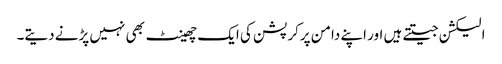
الیکشن جیتتے ہیں اور اپنے دامن پرکرپشن کی ایک چھینٹ بھی نہیں پڑنے دیتے۔